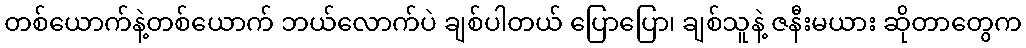
တစ်ယောက်နဲ့တစ်ယောက် ဘယ်လောက်ပဲ ချစ်ပါတယ် ပြောပြော၊ ချစ်သူနဲ့ ဇနီးမယား ဆိုတာတွေက